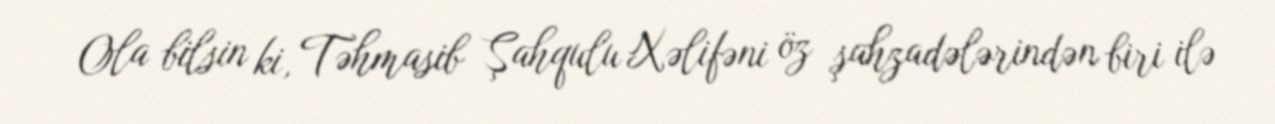
Ola bilsin ki, Təhmasib Şahqulu Xəlifəni öz şahzadələrindən biri ilə